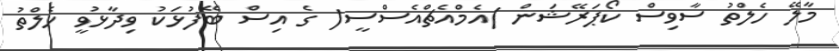
މާލޭ ހެލްތު ސާވިސް ކޯޕަރޭޝަން )އެމްއެޗްއެސްސީ( ގެ އިސް ބޭފުޅަކު ވިދާޅުވީ ހެލްތު